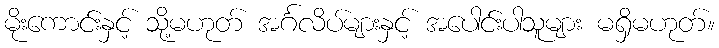
မိုးကောင်းနှင့် သို့မဟုတ် အင်္ဂလိပ်များနှင့် အပေါင်းပါသူများ မရှိမဟုတ်။